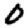
Digit: 0